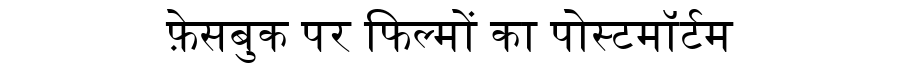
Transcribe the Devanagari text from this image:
फ़ेसबुक पर फिल्मों का पोस्टमॉर्टम